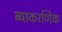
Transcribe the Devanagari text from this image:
ब्याकरणिक